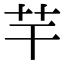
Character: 芉